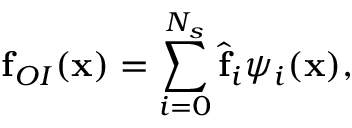
\mathbf { f } _ { O I } ( \mathbf { x } ) = \sum _ { i = 0 } ^ { N _ { s } } \hat { \mathbf { f } } _ { i } { \psi } _ { i } ( \mathbf { x } ) ,